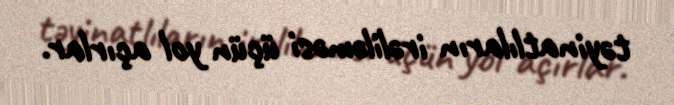
təyinatlıların irəliləməsi üçün yol açırlar.